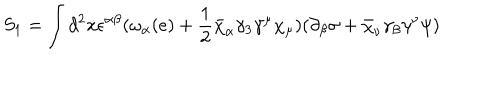
S _ { 1 } = \int d ^ { 2 } x \epsilon ^ { \alpha \beta } ( \omega _ { \alpha } ( e ) + \frac { 1 } { 2 } \bar { \chi } _ { \alpha } \gamma _ { 3 } \gamma ^ { \mu } \chi _ { \mu } ) ( \partial _ { \beta } \sigma + \bar { \chi } _ { \nu } \gamma _ { \beta } \gamma ^ { \nu } \psi )